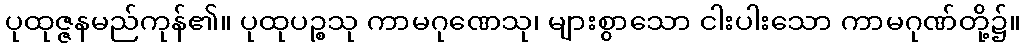
ပုထုဇ္ဇနမည်ကုန်၏။ ပုထုပဉ္စသု ကာမဂုဏေသု၊ များစွာသော ငါးပါးသော ကာမဂုဏ်တို့၌။